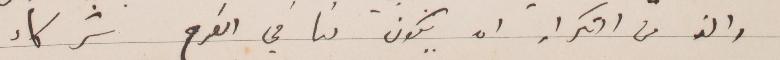
والذ من التكرار ان يكون لنا في الفرح شركاء